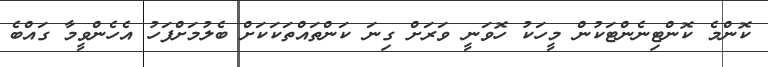
ކޮންމެ ކޮންޓިނެންޓަކުން މީހަކު ހޮވަނީ ވަރަށް ގިނަ ކަންތައްތަކަކަށް ބެލުމަށްފަހު އެހެންވީމާ ގައްބެ